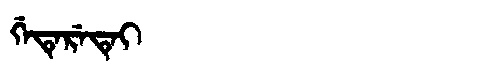
Manchu: ᡤᡝᡨᡝᡵᡝᡨᡝᡳ
Romanization: GETERETEI